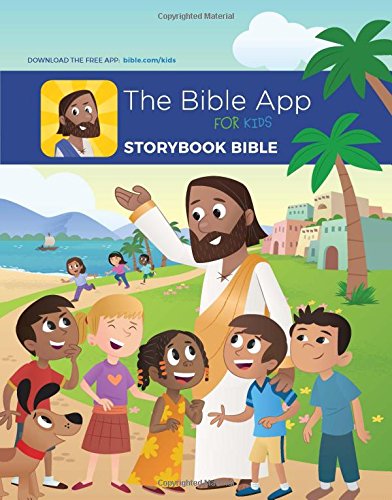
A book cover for The Bible App For Kids Storybook Bible; YouVersion in partnership with OneHope Inc.; Christian Books & Bibles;